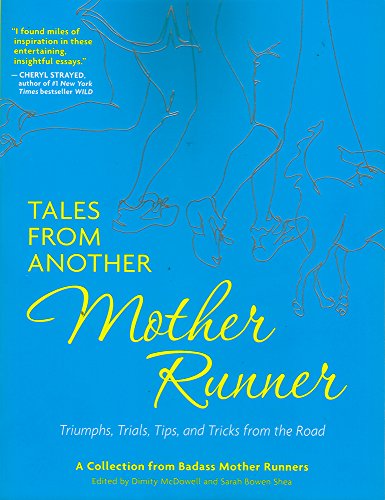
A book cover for Tales from Another Mother Runner: Triumphs, Trials, Tips, and Tricks from the Road; Dimity McDowell; Sports & Outdoors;